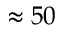
\approx 5 0